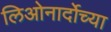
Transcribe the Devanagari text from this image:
लिओनार्दोच्या